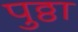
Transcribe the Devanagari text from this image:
पुठ्ठा